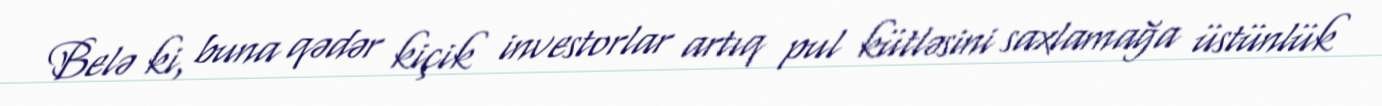
Belə ki, buna qədər kiçik investorlar artıq pul kütləsini saxlamağa üstünlük